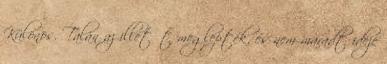
Különös. Talán az illetőt meglepték, és nem maradt ideje